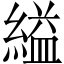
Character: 縊